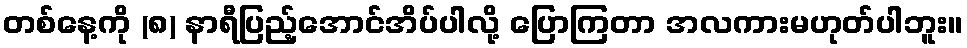
တစ်နေ့ကို (၈) နာရီပြည့်အောင်အိပ်ပါလို့ ပြောကြတာ အလကားမဟုတ်ပါဘူး။